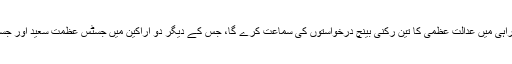
جسٹس اعجاز افضل کی سربراہی میں عدالت عظمیٰ کا تین رکنی بینچ درخواستوں کی سماعت کرے گا، جس کے دیگر دو اراکین میں جسٹس عظمت سعید اور جسٹس اعجاز الاحسن شامل ہیں۔